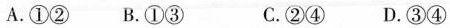
A.①② B.①③ C.②④ D.③④